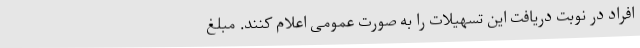
افراد در نوبت دریافت این تسهیلات را به صورت عمومی اعلام کنند. مبلغ